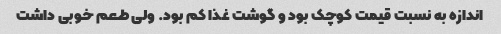
اندازه به نسبت قیمت کوچک بود و گوشت غذا کم بود. ولی طعم خوبی داشت